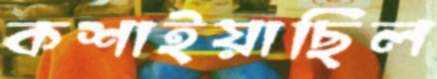
কশাইয়াছিল